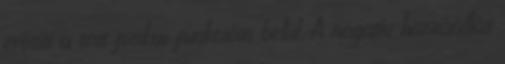
erősíti a test fizikai funkcióin belül. A negatív hozzáállás